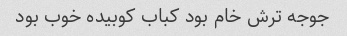
جوجه ترش خام بود کباب کوبیده خوب بود